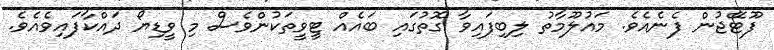
ފޫޓޭޖުން ފެނެއެވެ. މައުލޫމާތު ލިބިފައިވާ ގޮތުގައި ބައެއް ޓީވީތަކުންވެސް މި ވީޑިޔޯ ދައްކާފައިވެއެވެ.